Calcutta medical institutions reports 1871-78
Year: 1871
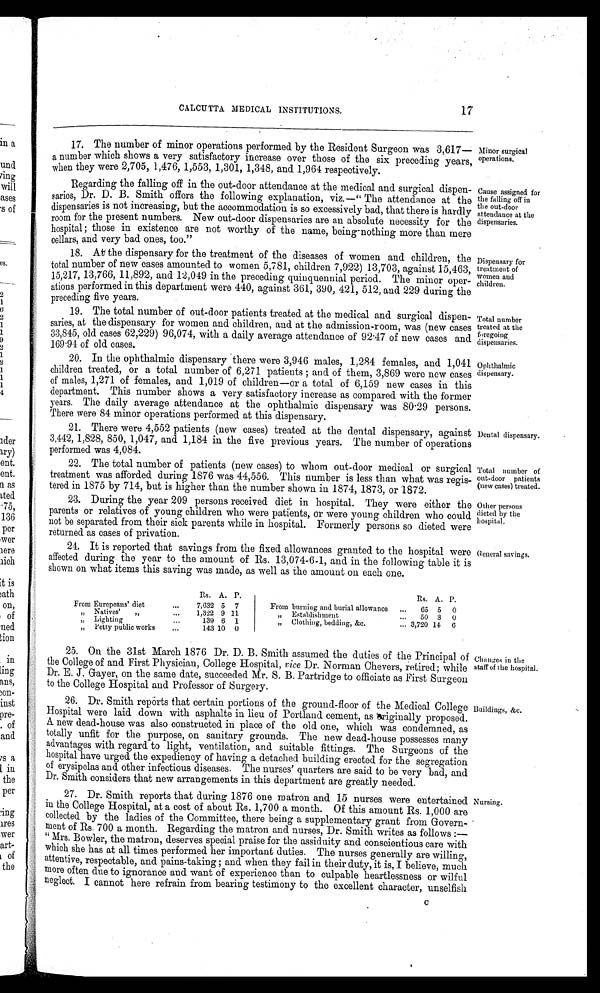
CALCUTTA MEDICAL INSTITUTIONS.
17
17. The number of minor operations performed by the Resident Surgeon was 3,617-
a number which shows a very satisfactory increase over those of the six preceding years,
when they were 2,705, 1,476, 1,553, 1,301, 1,348, and 1,964 respectively.
Regarding the falling off in the out-door attendance at the medical and surgical dispen-
saries, Dr. D. B. Smith offers the following explanation, viz.—" The attendance at the
dispensaries is not increasing, but the accommodation is so excessively bad, that there is hardly
room for the present numbers. New out-door dispensaries are an absolute necessity for the
hospital ; those in existence are not worthy of the name, being-nothing more than mere
cellars, and very bad ones, too."
18. At the dispensary for the treatment of the diseases of women and children, the
total number of new cases amounted to women 5,781, children 7,922) 13,703, against 15,463,
15,217, 13,766, 11,892, and 12,049 in the preceding quinquennial period. The minor oper-
ations performed in this department were 440, against 361, 390, 421, 512, and 229 during the
preceding five years.
19. The total number of out-door patients treated at the medical and surgical dispen-
saries, at the dispensary for women and children, and at the admission-room, was (new cases
33,845, old cases 62,229) 96,074, with a daily average attendance of 92 .47 of new cases and
169 . 94 of old cases.
20. In the ophthalmic dispensary there were 3,946 males, 1,284 females, and 1,041
children treated, or a total number of 6,271 patients ; and of them, 3,869 were new cases
of males, 1,271 of females, and 1,019 of children—or a total of 6,159 new cases in this
department. This number shows a very satisfactory increase as compared with the former
years. The daily average attendance at the ophthalmic dispensary was 80 .29 persons.
There were 84 minor operations performed at this dispensary.
21. There were 4,552 patients (new cases) treated at the dental dispensary, against
3,442, 1,828, 850, 1,047, and 1,184 in the five previous years. The number of operations
performed was 4,084.
22. The total number of patients (new cases) to whom out-door medical or surgical
treatment was afforded during 1876 was 44,556. This number is less than what was regis-
tered in 1875 by 714, but is higher than the number shown in 1874, 1873, or 1872.
23. During the year 209 persons received diet in hospital. They were either the
parents or relatives of young children who were patients, or were young children who could
not be separated from their sick parents while in hospital. Formerly persons so dieted were
returned as cases of privation.
24. It is reported that savings from the fixed allowances granted to the hospital were
affected during the year to the amount of Rs. 13,074-6-1, and in the following table it is
shown on what items this saving was made, as well as the amount on each one.
Iinor surgical
perations.
.cruse assigned for
Lie falling off iu
lie out-door
ttendance at the
ispensaries.
)ispensary for
reattnent of
rumen and
hildren.
Potal number
;reated at the
regoing
lispensaries.
)plithalmic
lispensary.
Dental dispensary.
Total number of
out-door patients
(new cases) treated.
Other persons
dieted by the
hospital.
General savings.
Rs. A. P.
Rs. A. P.
From Europeans' diet
...
7,632 5 7
From burning and burial allowance
...
05 5
0
„ Natives'
„
...
1,322 9 11
„ Establishment
...
50 3
0
„ Lighting
...
139 6 1
„ Clothing, bedding, &c.
... 3,720 14
0
„ Petty public works
...
143 10 0
•
25. On the 31st March 1876 Dr. D. B. Smith assumed the duties of the Principal of
the College of and First Physician, College Hospital, vice Dr. Norman Chevers, retired; while
Dr. E. J. Gayer, on the same date, succeeded Mr. S. B. Partridge to officiate as First Surgeon
to the College Hospital and Professor of Surgery.
26. Dr. Smith reports that certain portions of the ground-floor of the Medical College
Hospital were laid down with asphalte in lieu of Portland cement, as 'Kri,ginally proposed.
A. new dead-house was also constructed it place of the old one, which was condemned, as
totally unfit for the purpose, on sanitary grounds. The new dead-house possesses many
advantages with regard to light, ventilation, and suitable fittings. The Surgeons of the
hospital have urged the expediency of having a detached building erected for the °seoTegation
of erysipelas and other infectious diseases. The nurses' quarters are said to be very bad, and
Dr. Smith considers that new arrangements in this department are greatly needed.
27. Dr. Smith reports that during 1876 one matron and 15 nurses were entertained
in. the College Hospital, at a cost of about Rs. 1,700 a month. Of this amount Rs. 1,000 are
collected by the ladies of the Committee, there being a supplementary grant from Govern-
ment of Rs. 700 a month. Regarding the matron and nurses, Dr. Smith writes as follows :-
"Mrs. Bowler, the matron, deserves special praise for the assiduity and conscientious care with
which she has at all times performed her important duties. The nurses generally are willing,
attentive, respectable, and pains-taking ; and when they fail in their duty, it is, I believe, much
more often due to ignorance and want of experience than to culpable heartlessness or wilful
neglect. I cannot here refrain from bearing testimony to the excellent character, unselfish
C
Changes in the
staff of the hospital
Buildings, &c.
Nursing.